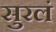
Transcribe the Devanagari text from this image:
सुरलं